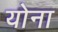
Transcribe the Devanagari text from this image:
योना